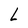
Character: L